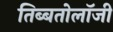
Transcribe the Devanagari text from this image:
तिब्‍बतोलॉजी